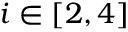
i \in [ 2 , 4 ]